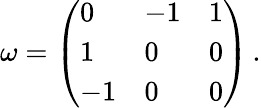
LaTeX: \begin{array}{r}{\omega=\left(\begin{array}{lll}{0}&{-1}&{1}\\ {1}&{0}&{0}\\ {-1}&{0}&{0}\end{array}\right)\, .}\end{array}